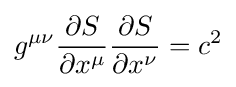
g^{\mu \nu }{\frac {\partial S}{\partial x^{\mu }}}{\frac {\partial S}{\partial x^{\nu }}}=c^{2}